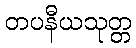
တပနီယသုတ္တ